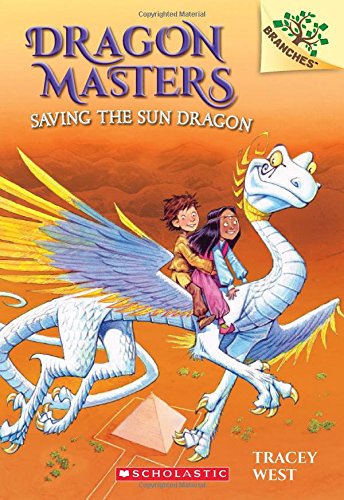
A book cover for Dragon Masters #2: Saving the Sun Dragon (A Branches Book); Tracey West; Children's Books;